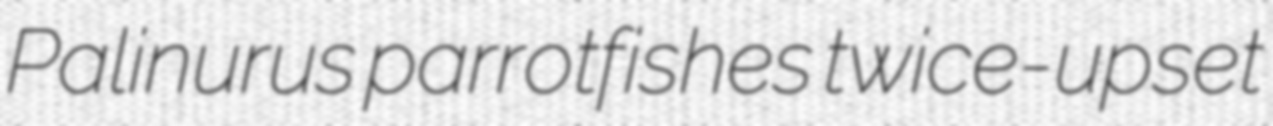
Palinurus parrotfishes twice-upset